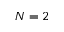
N = 2